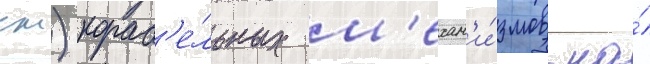
см) кораб'е́льных м'ехан'и́змов на́